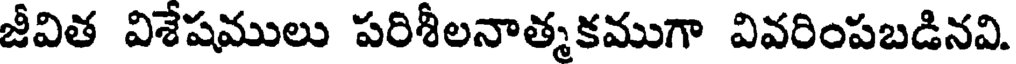
జీవిత విశేషములు పరిశీలనాత్మకముగా వివరింపబడినవి.